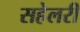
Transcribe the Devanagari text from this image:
सहेलरी